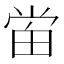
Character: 𰣈